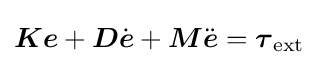
{\boldsymbol {K}}{\boldsymbol {e}}+{\boldsymbol {D}}{\dot {\boldsymbol {e}}}+{\boldsymbol {M}}{\ddot {\boldsymbol {e}}}={\boldsymbol {\tau }}_{\mathrm {ext} }